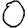
Digit: 0